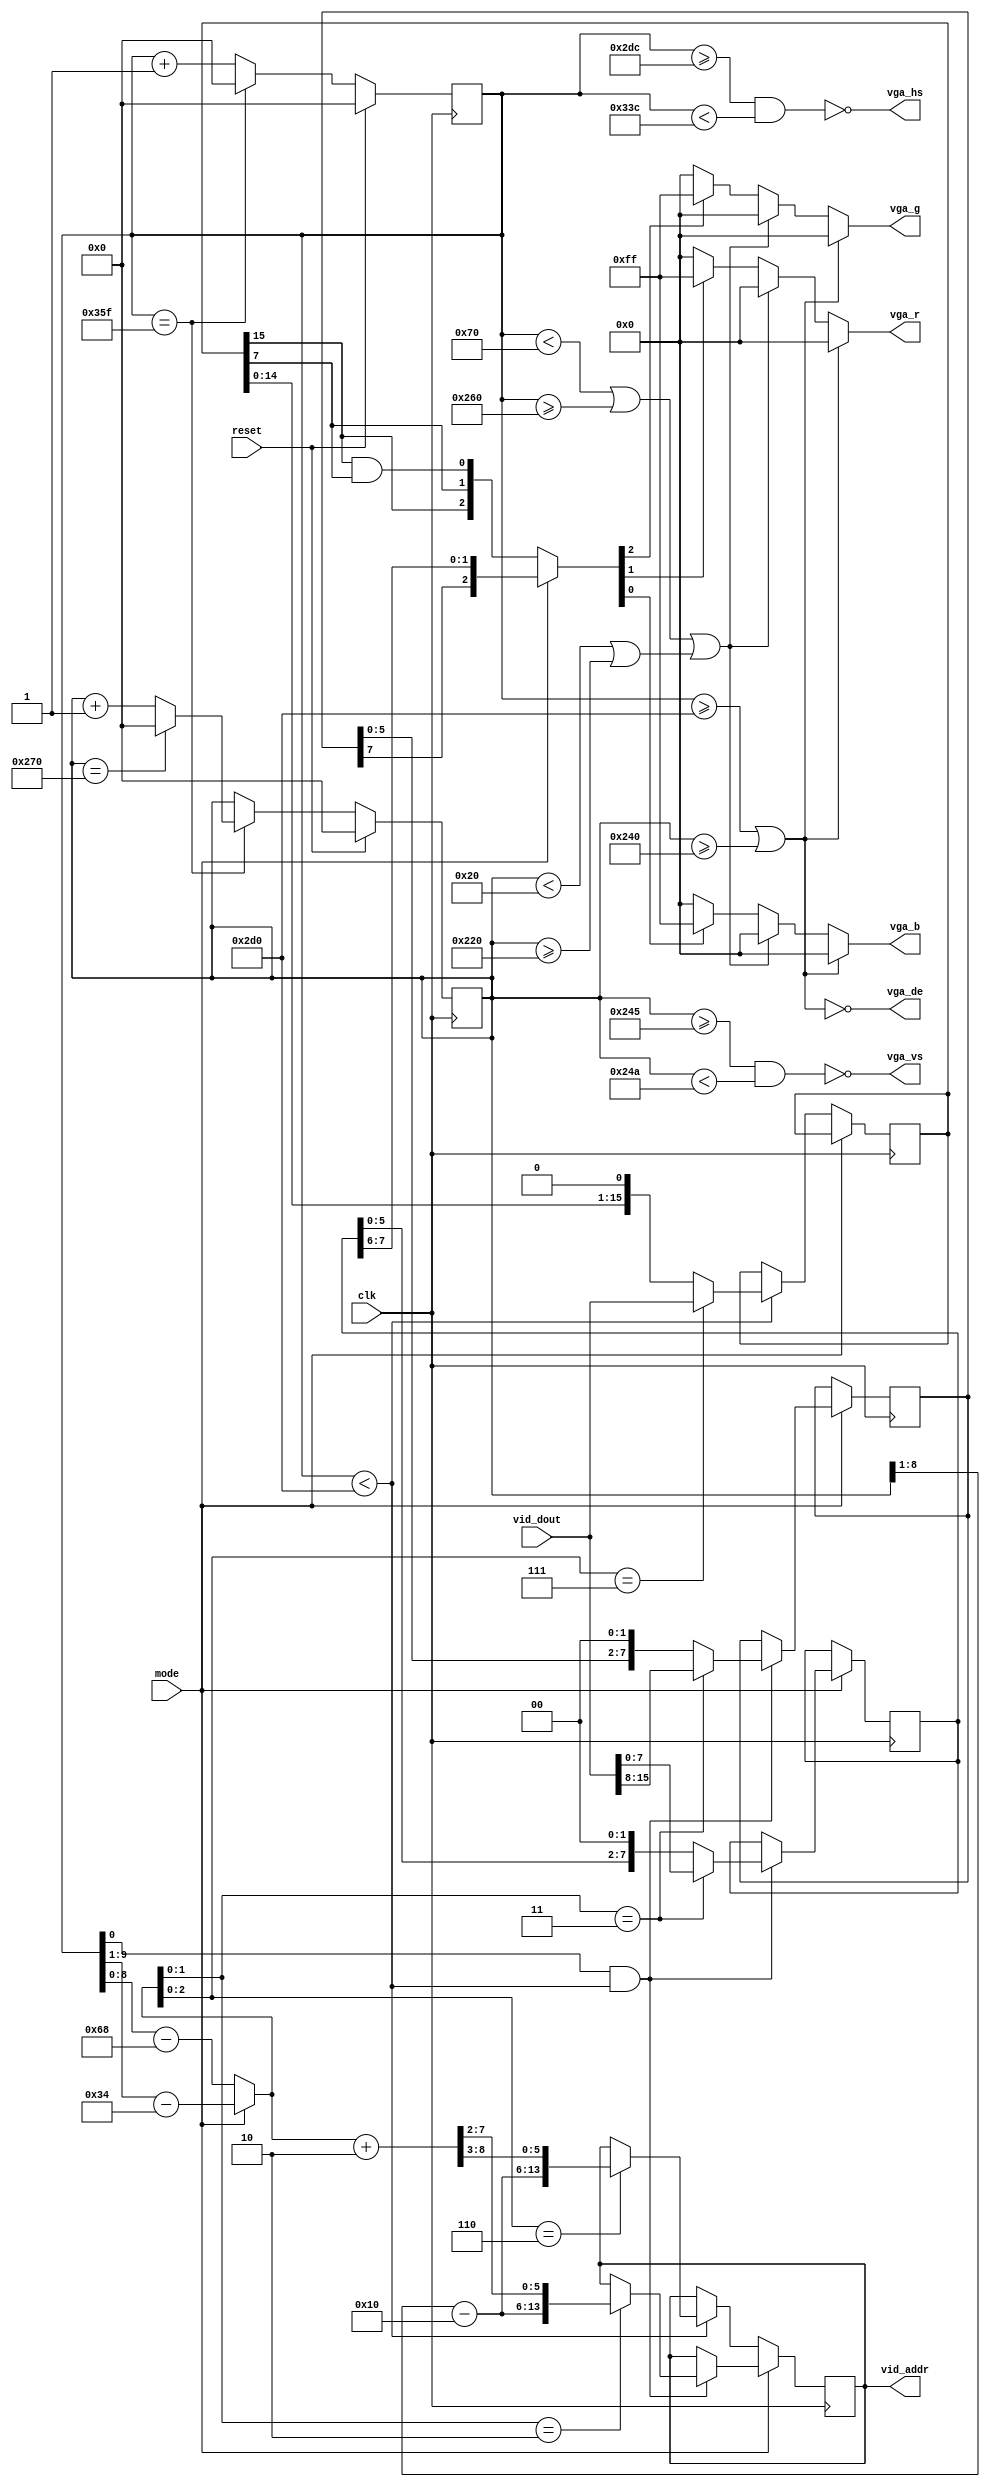
`default_nettype none
module video (
  input             clk,
  input             reset,
  output [7:0]      vga_r,
  output [7:0]      vga_b,
  output [7:0]      vga_g,
  output            vga_hs,
  output            vga_vs,
  output            vga_de,
  input  [15:0]     vid_dout,
  output reg [14:1] vid_addr,
  input             mode
);

  parameter HA = 720;
  parameter HS  = 96;
  parameter HFP = 12;
  parameter HBP = 36;
  parameter HT  = HA + HS + HFP + HBP;

  parameter VA = 576;
  parameter VS  = 5;
  parameter VFP = 5;
  parameter VBP = 39;
  parameter VT  = VA + VS + VFP + VBP;
  parameter HBadj = 8;

  reg [7:0]  vb  = 32;
  reg [7:0]  hb  = 104;
  wire [7:0] hb2 = hb[6:1];
  wire [7:0] vb2 = vb[6:1];

  reg [9:0] hc = 0;
  reg [9:0] vc = 0;

  always @(posedge clk) begin
    if (reset) begin
      hc <= 0;
      vc <= 0;
    end else begin
      if (hc == HT - 1) begin
        hc <= 0;
        if (vc == VT - 1) vc <= 0;
        else vc <= vc + 1;
      end else hc <= hc + 1;
    end
  end

  assign vga_hs = !(hc >= HA + HFP && hc < HA + HFP + HS);
  assign vga_vs = !(vc >= VA + VFP && vc < VA + VFP + VS);
  assign vga_de = !(hc >= HA || vc >= VA);

  wire [8:0] x = (mode == 1 ? hc[9:1] - hb2 : hc - hb);
  wire [7:0] y = vc[9:1] - vb2;

  wire [8:0] x2 = x + 2;

  wire hBorder = (hc < (hb + HBadj) || hc >= HA - (hb + HBadj));
  wire vBorder = (vc < vb || vc >= VA - vb);
  wire border = hBorder || vBorder;

  // Read 2 pixels at a time
  reg [7:0] pixels0, pixels1;
  reg [15:0] pixels8;
  wire [3:0] pixel = mode == 1  ? {1'b0, pixels0[7], pixels1[7], pixels1[6]} 
                                : {1'b0, pixels8[15], pixels8[7], pixels8[15] & pixels8[7]};

  always @(posedge clk) begin
    if (mode == 1) begin
      if (hc[0] && hc < HA) begin
        if (x[1:0] == 2) vid_addr <=  {y, x2[7:2]};
        if (x[1:0] == 3) {pixels0, pixels1}  <= vid_dout;
        else begin
          pixels0 <= {pixels0[5:0],2'b0};
          pixels1 <= {pixels1[5:0],2'b0};
        end
      end
    end else begin
      if (hc < HA) begin
        if (x[2:0] == 6) vid_addr = {y, x2[8:3]};
        if (x[2:0] == 7) pixels8 = vid_dout;
	else begin
          pixels8 <= {pixels8[14:0],1'b0};
        end
      end
    end 
  end

  wire [7:0] green = border ? 8'b0 : pixel[2] ? 8'hff : 8'b0;
  wire [7:0] red   = border ? 8'b0 : pixel[1] ? 8'hff : 8'b0;
  wire [7:0] blue  = border ? 8'b0 : pixel[0] ? 8'hff : 8'b0;

  assign vga_r = !vga_de ? 8'b0 : red;
  assign vga_g = !vga_de ? 8'b0 : green;
  assign vga_b = !vga_de ? 8'b0 : blue;

endmodule